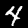
Label: 4